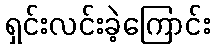
ရှင်းလင်းခဲ့ကြောင်း